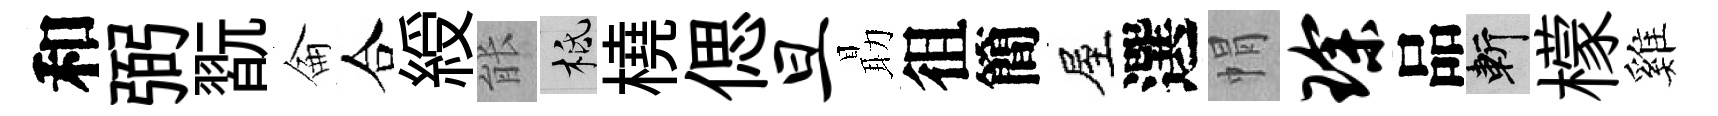
和弼翫侖合綬䏻柢橈偲旦朂徂簡屋選㡌琛品斬檬雞